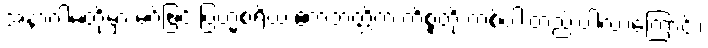
အနာဂါမ်တို့မှာ မဂ်ဖြင့် ဗြဟ္မစရိယ ဧကဘတ္တိက ကိစ္စတို ကစ်ပါးတည်းပါလာကြောင်း၊